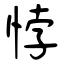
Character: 悖